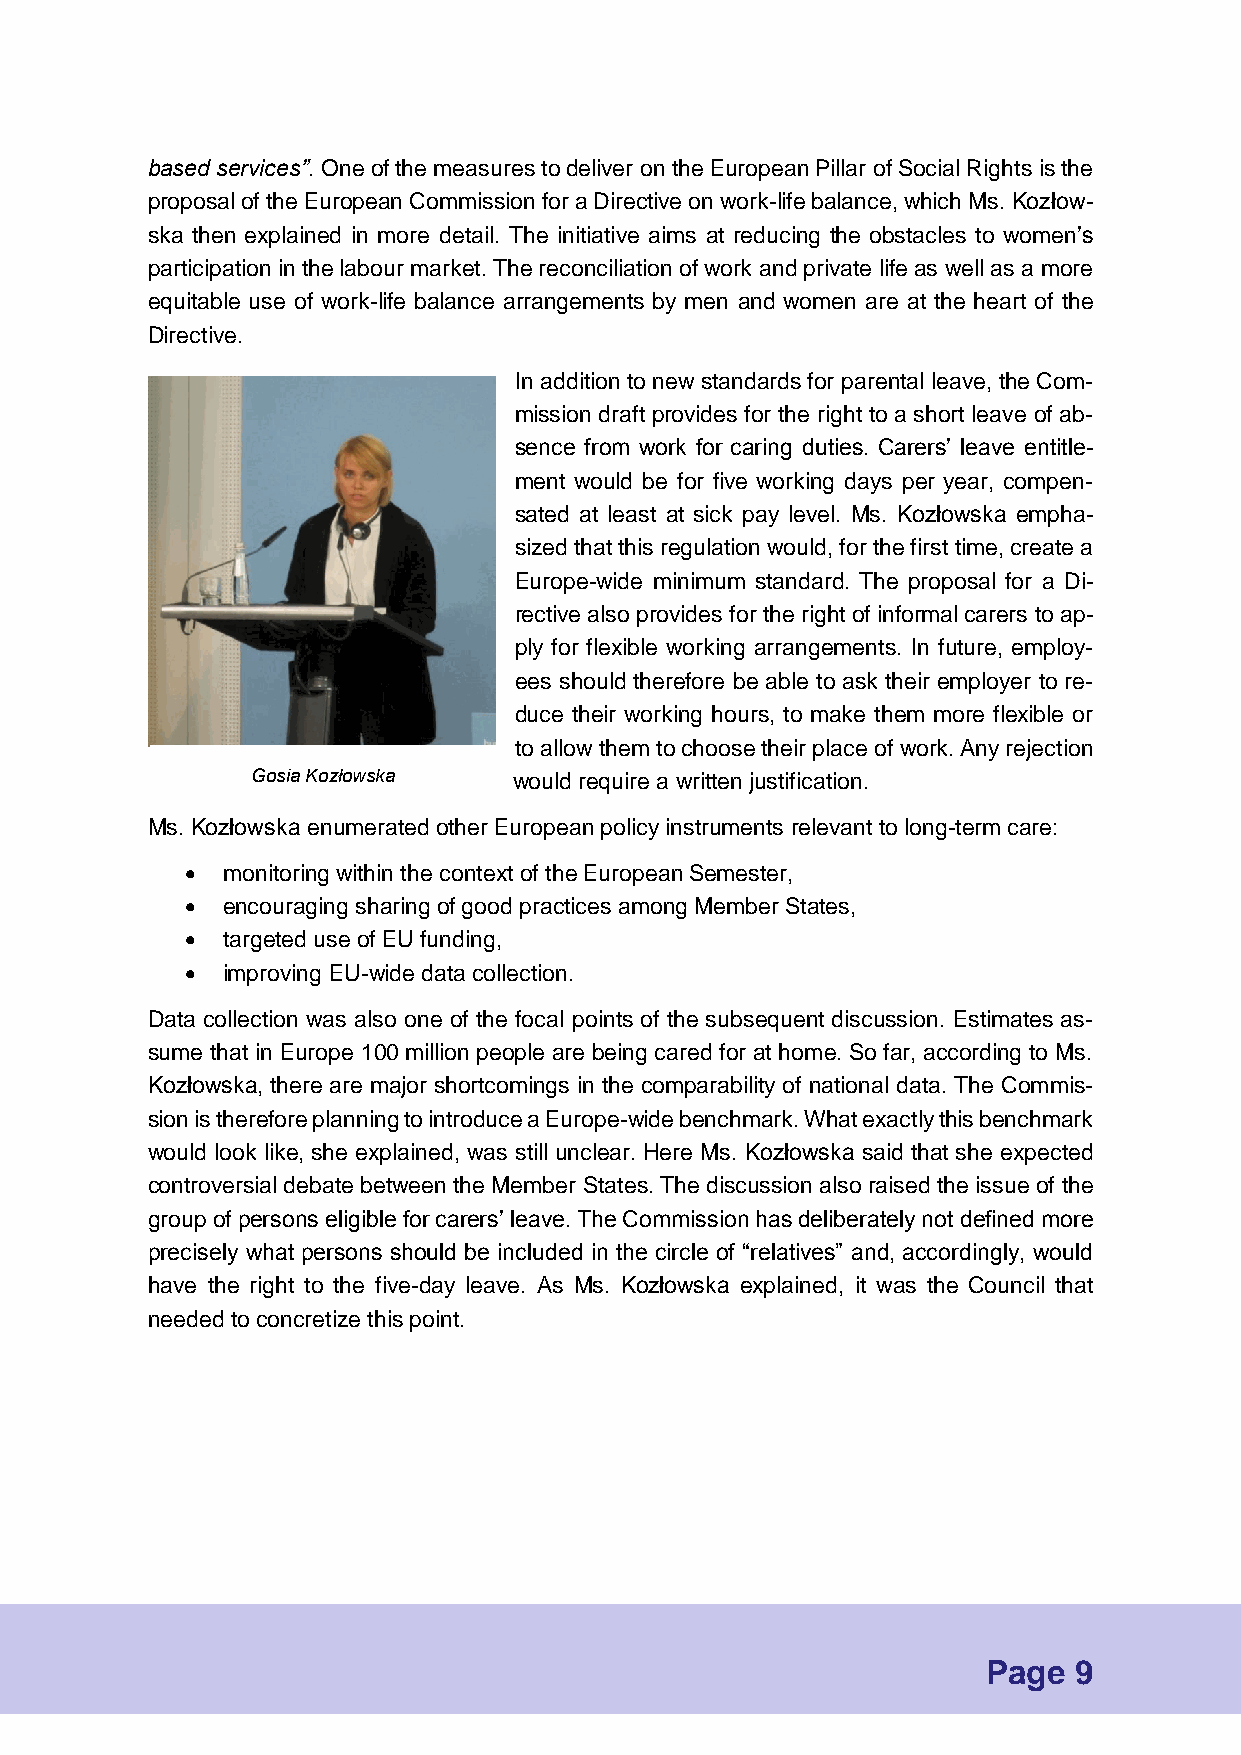
based services”. One of the measures to deliver on the European Pillar of Social Rights is the
 proposal of the European Commission for a Directive on work-life balance, which Ms. Kozłow-
 ska then explained in more detail. The initiative aims at reducing the obstacles to women’s
 participation in the labour market. The reconciliation of work and private life as well as a more
 equitable use of work-life balance arrangements by men and women are at the heart of the
 Directive.
 In addition to new standards for parental leave, the Com-
 mission draft provides for the right to a short leave of ab-
 sence from work for caring duties. Carers’ leave entitle-
 ment would be for five working days per year, compen-
 sated at least at sick pay level. Ms. Kozłowska empha-
 sized that this regulation would, for the first time, create a
 Europe-wide minimum standard. The proposal for a Di-
 rective also provides for the right of informal carers to ap-
 ply for flexible working arrangements. In future, employ-
 ees should therefore be able to ask their employer to re-
 duce their working hours, to make them more flexible or
 to allow them to choose their place of work. Any rejection
 Gosia Kozłowska  would require a written justification.
 Ms. Kozłowska enumerated other European policy instruments relevant to long-term care:
   monitoring within the context of the European Semester,
   encouraging sharing of good practices among Member States,
   targeted use of EU funding,
   improving EU-wide data collection.
 Data collection was also one of the focal points of the subsequent discussion. Estimates as-
 sume that in Europe 100 million people are being cared for at home. So far, according to Ms.
 Kozłowska, there are major shortcomings in the comparability of national data. The Commis-
 sion is therefore planning to introduce a Europe-wide benchmark. What exactly this benchmark
 would look like, she explained, was still unclear. Here Ms. Kozłowska said that she expected
 controversial debate between the Member States. The discussion also raised the issue of the
 group of persons eligible for carers’ leave. The Commission has deliberately not defined more
 precisely what persons should be included in the circle of “relatives” and, accordingly, would
 have the right to the five-day leave. As Ms. Kozłowska explained, it was the Council that
 needed to concretize this point.
 Page  9